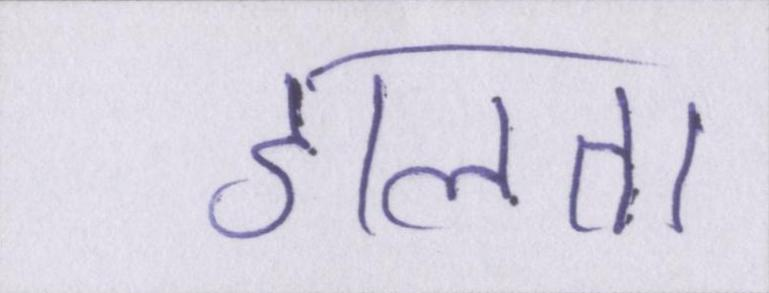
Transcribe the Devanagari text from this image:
डालता